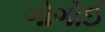
ગોગોઈ